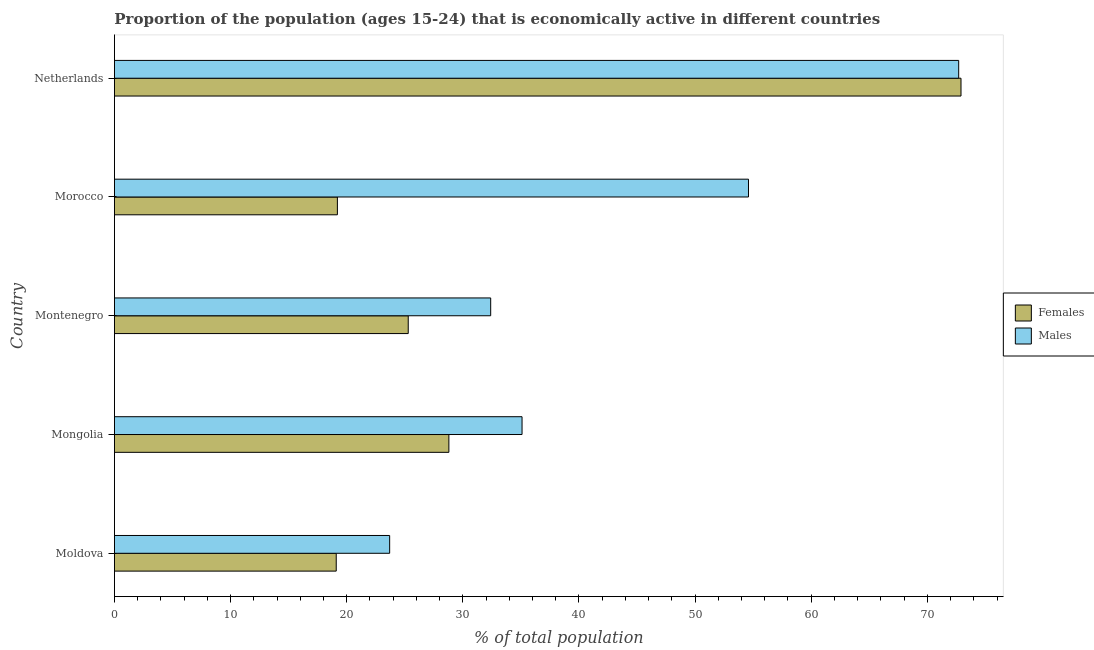
| Country | Females | Males |
 | --- | --- | --- |
 | Moldova | 19.1 | 23.7 |
 | Mongolia | 28.8 | 35.1 |
 | Montenegro | 25.3 | 32.4 |
 | Morocco | 19.2 | 54.6 |
 | Netherlands | 72.9 | 72.7 |